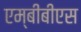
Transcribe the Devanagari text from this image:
एम्‌बीबीएस